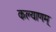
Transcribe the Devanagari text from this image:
कल्‍याणम्